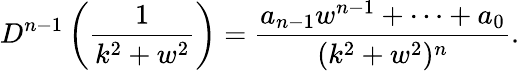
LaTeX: D^{n-1}\left(\frac{1}{k^{2}+w^{2}}\right)=\frac{a_{n-1}w^{n-1}+\dots+a_{0}}{(k^{2}+w^{2})^{n}}.